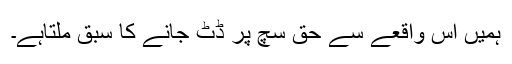
ہمیں اس واقعے سے حق سچ پر ڈٹ جانے کا سبق ملتاہے۔